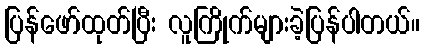
ပြန်ဖော်ထုတ်ပြီး လူကြိုက်များခဲ့ပြန်ပါတယ်။